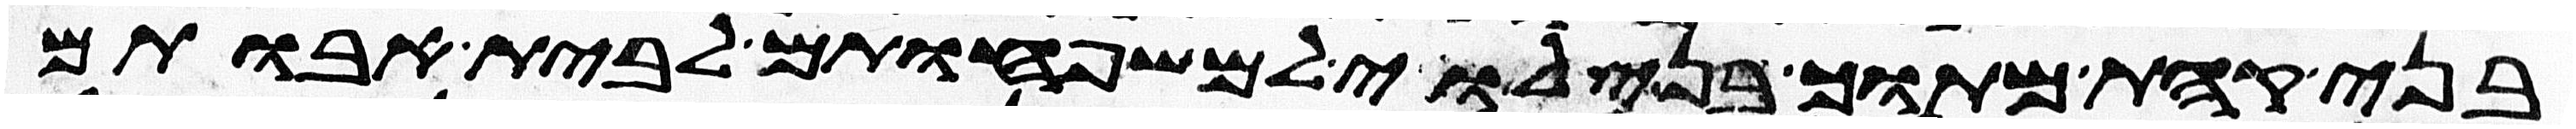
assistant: בני קהת מתוך בני לוי למשפחותם לבית אבותם